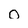
Character: 0